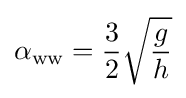
\alpha _{\text{ww}}={\frac {3}{2}}{\sqrt {\frac {g}{h}}}